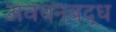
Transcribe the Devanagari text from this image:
अवचनबद्ध